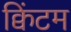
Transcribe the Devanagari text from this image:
क्विंटम